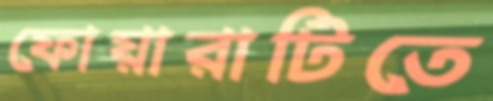
ফোয়ারাটিতে